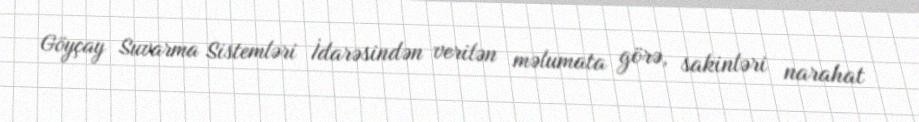
Göyçay Suvarma Sistemləri İdarəsindən verilən məlumata görə, sakinləri narahat